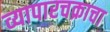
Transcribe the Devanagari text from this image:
व्यापारचक्राचा